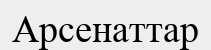
Арсенаттар